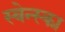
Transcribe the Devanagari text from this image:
स्वेन्स्का